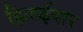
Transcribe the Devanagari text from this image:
झिलईदार